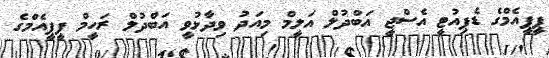
ޕީޕީއެމްގެ ޑެޕިއުޓީ އެސްޖީ އަބްދުލް އަލީމް މިއަދު ވިދާޅުވީ އަބްދުލް ރަހީމް ޕީޕީއެމްގެ